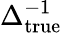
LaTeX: \Delta_{\textup{true}}^{-1}